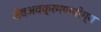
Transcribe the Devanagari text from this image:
जैवअवक्रमणयोग्य